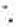
: